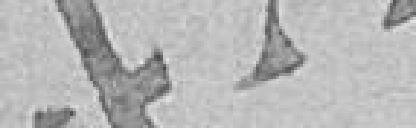
472